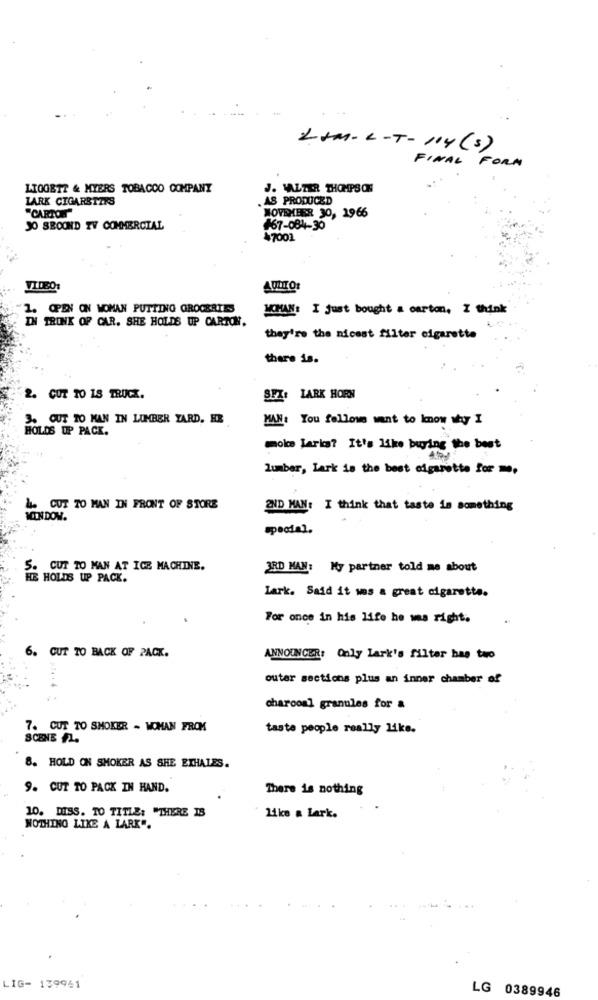
LAM-L-T- 114 (s)
FINAL FORM
LIGGETT & MYERS TOBACCO COMPANY
J. WALTER THOMPSON
LARK CIGARETTES
.AS PRODUCED
"CARIO"
NOVEMBER 30, 1966
JO SBOOND TV COMMERCIAL
#67-084-30
¥7001
1. OPEN ON WOMAN PUTTING GROCERTES
MCHAN: I Just bought a carton, I think
IN TRINK OF CAR. SHE HOLDS UP CARTON.
they're the nicest filter cigarette
there is.
2. CUT TO 15 TRUCK.
SFX: LARK HORN
3. OUT TO KAN IN LUMBER YARD. ER
MAN: You follows want to know why I
HOLDS UP PACK.
moice lari? It's like buying the best
lumber, Lark is the best cigarette for me.
Le CUT TO MAN IN FRONT OF STORE
2ND MAN: I think that taste is something
MEN DOM.
5. CUT TO MAN AT IGE MACHINE.
3RD MAN: My partner told me about
HE HOLDS UP PACK.
Lark. Said it was a great cigarette.
For once in his life he was right.
6. CUT TO BACK OF PACK.
ANNOUNCER: Only lark's filter has two
outer sections plus an inner chamber of
charcoal granules for &
7. CUT TO SMOKEER - WOMAN FROM
taste people really like.
SCENE F.
8. HOLD ON SMOKER AS SHE ETHALES.
9. CUT TO PACK IN HAND.
There is nothing
10. DISS. TO TITLE: "THERE IS
like a lark.
NOTHING LIKE A LARK".
LIG- 139941
LG 0389946